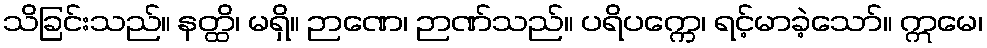
သိခြင်းသည်။ နတ္ထိ၊ မရှိ။ ဉာဏေ၊ ဉာဏ်သည်။ ပရိပက္ကေ၊ ရင့်မာခဲ့သော်။ ဣမေ၊